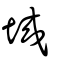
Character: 城